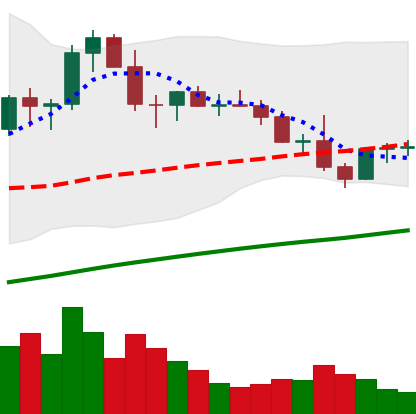
Ticker: LTC-USD
Chart end date: 2021-03-28
Forward return: 15.241%
Label: up_7plus